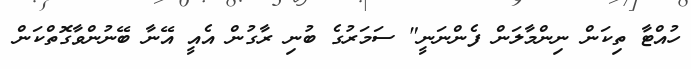
ހުއްޓާ ތިކަން ނިންމާލަން ފެންނަނީ" ސަމަރުގެ ބުނި ރާގުން އެއީ އޭނާ ބޭނުންވާގޮތްކަން